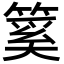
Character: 𥰥